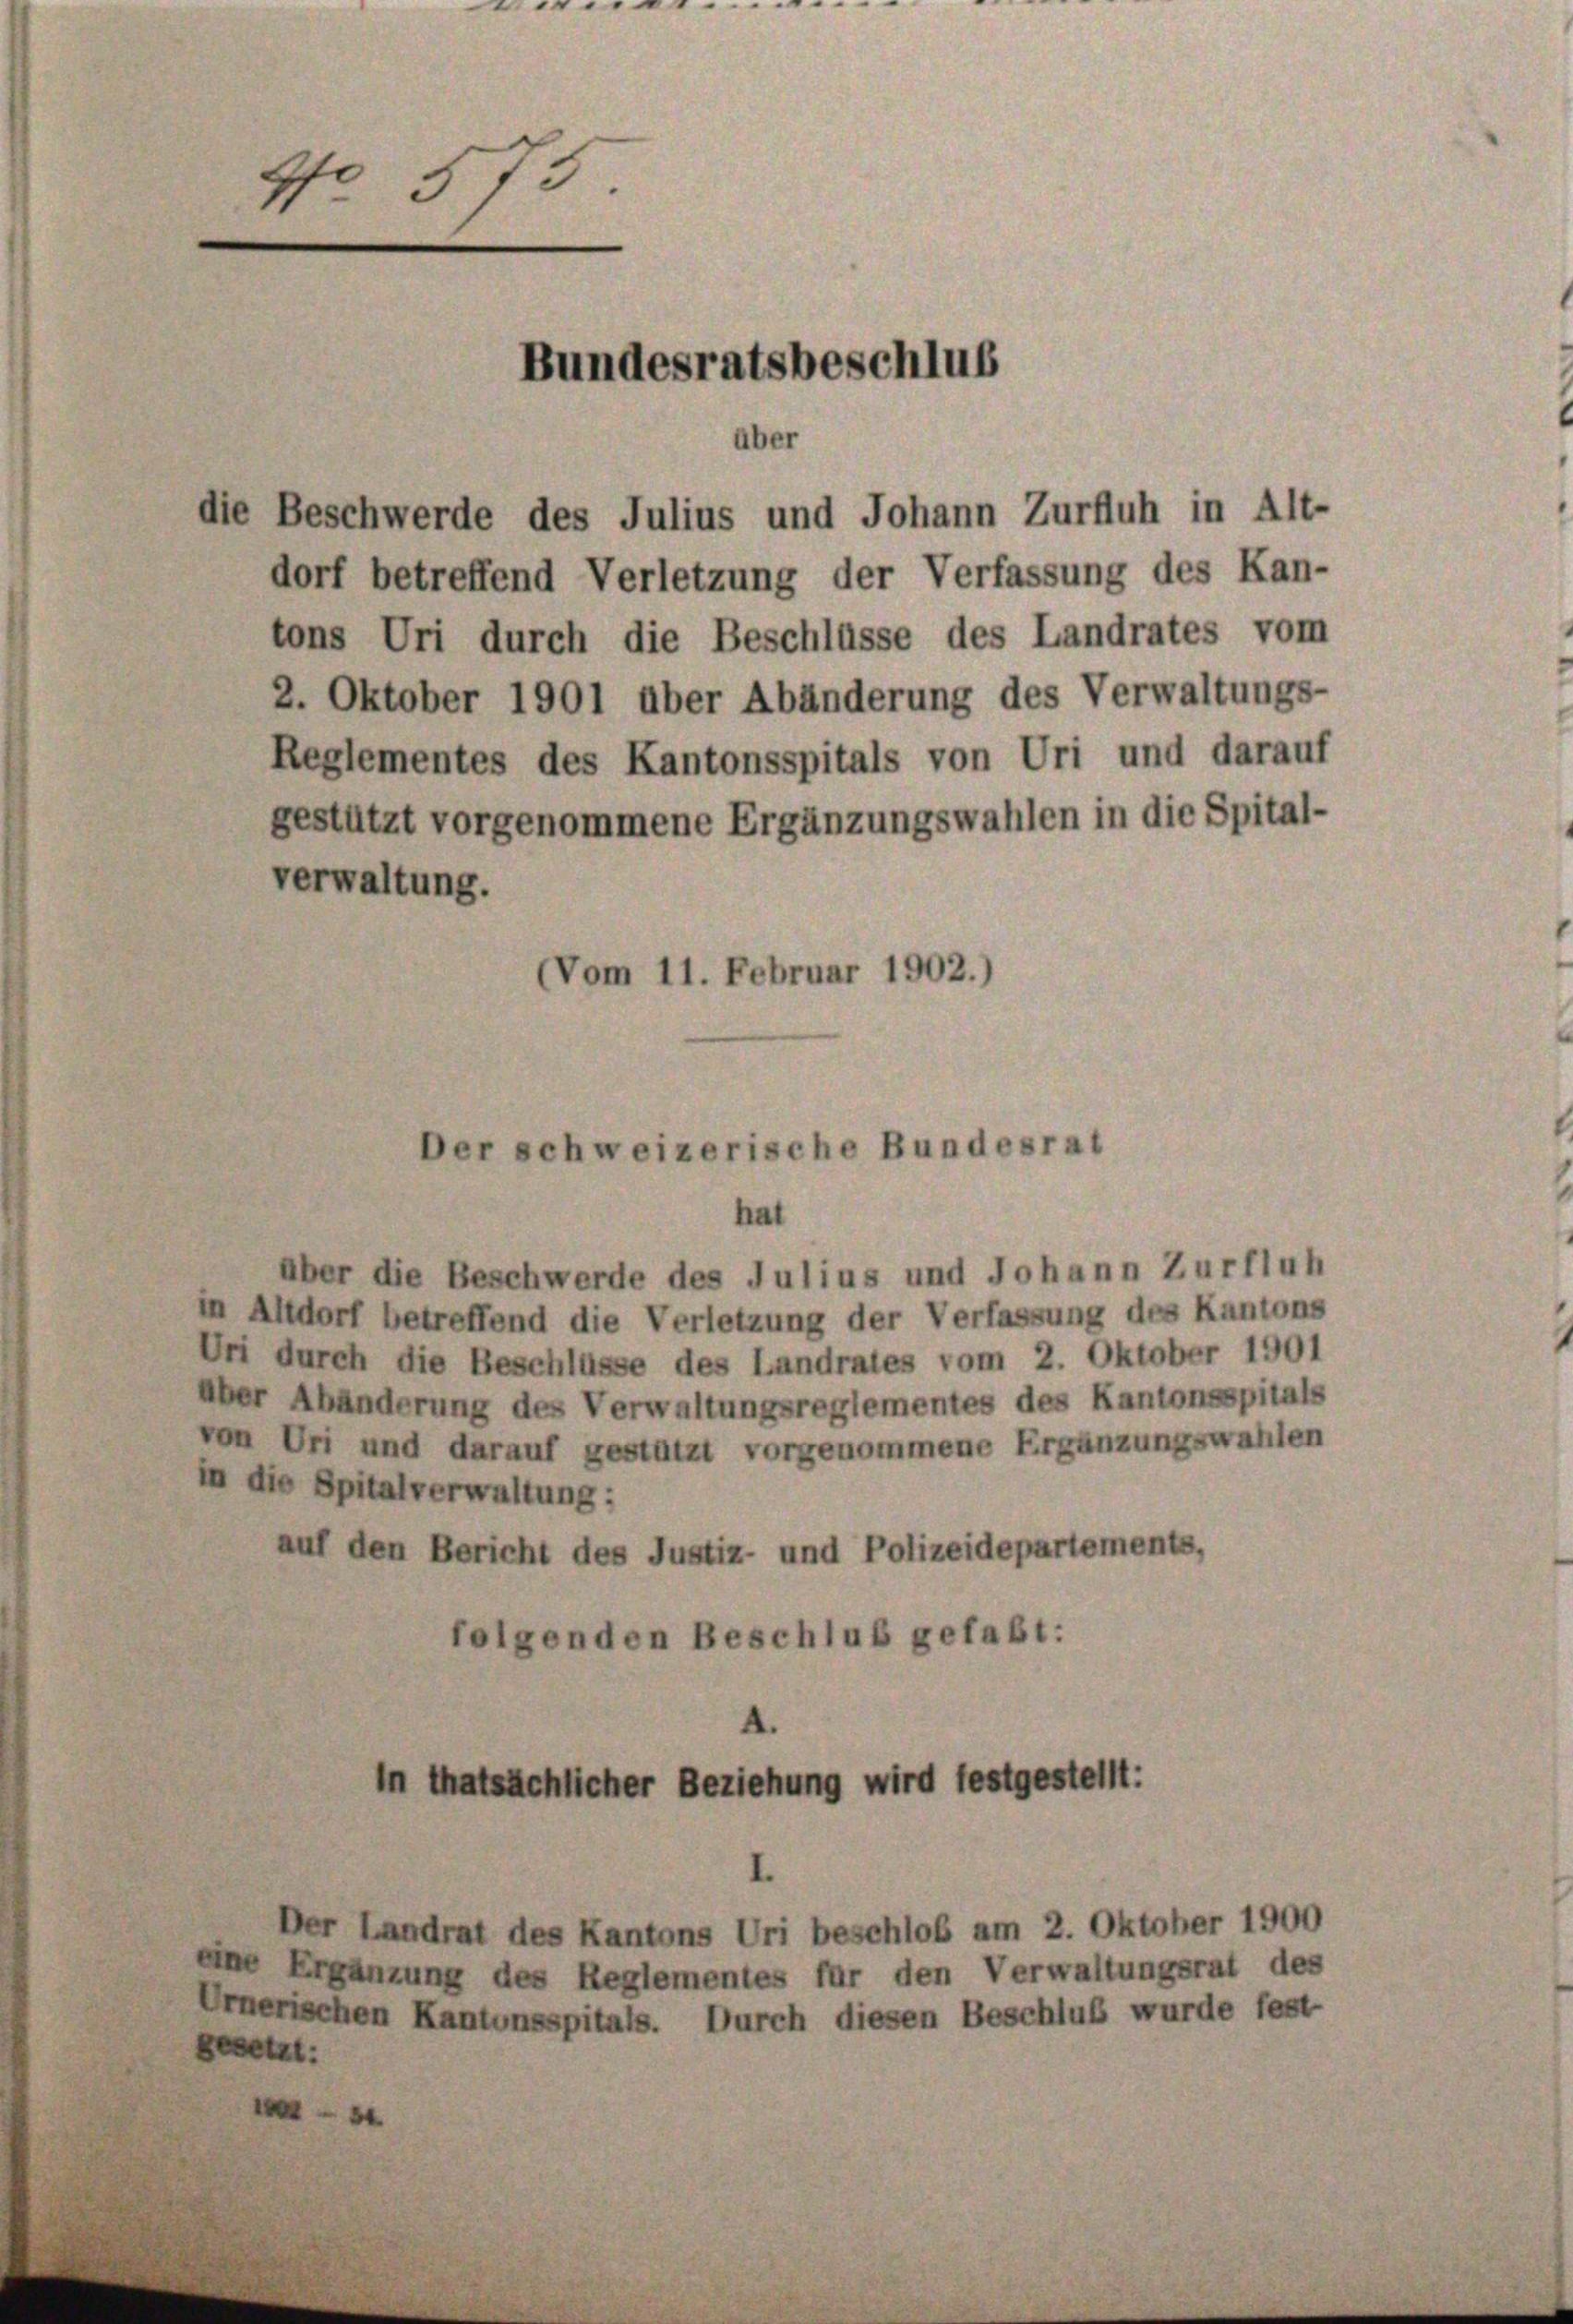
Gfe
13.
Bundesratsbeschluß
über
die Beschwerde des Julius und Johann Zurfluh in Alt-
dorf betreffend Verletzung der Verfassung des Kan-
tons Uri durch die Beschlüsse des Landrates vom

über die Beschwerde des Julius und Johann Zurfluh
in Altdorf betreffend die Verletzung der Verfassung des Kantons
Uri durch die Beschlüsse des Landrates vom 2. Oktober 1901
über Abänderung des Verwaltungsreglementes des Kantonsspitals
von Uri und darauf gestützt vorgenommene Ergänzungswahlen
in die Spitalverwaltung:
auf den Bericht des Justiz- und Polizeidepartements,
folgenden Beschluß gefaßt:

2. Oktober 1901 über Abänderung des Verwaltungs-
Reglementes des Kantonsspitals von Uri und darauf
gestützt vorgenommene Ergänzungswahlen in die Spital-
verwaltung.

(Vom 11. Februar 1902.)

Der schweizerische Bundesrat
hat

in thatsächlicher Beziehung wird festgestellt:

Der Landrat des Kantons Uri beschloß am 2. Oktober 1900
eine Ergänzung des Reglementes für den Verwaltungsrat des
Urnerischen Kantonsspitals. Durch diesen Beschluß wurde fest
gesetzt:
3